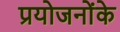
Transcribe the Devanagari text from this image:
प्रयोजनोंके